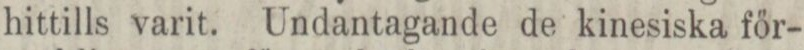
hittills varit. Undantagande de kinesiska för-